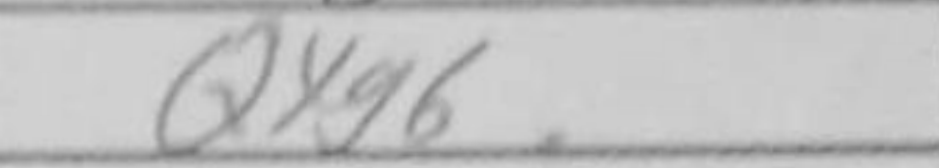
Transcription: Qxg6